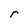
Character: r